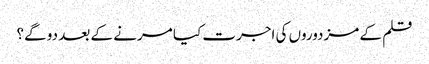
قلم کے مزدوروں کی اجرت کیا مرنے کے بعد دو گے؟